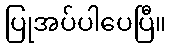
ပြုအပ်ပါပေပြီ။